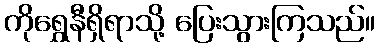
ကိုရွှေနီရှိရာသို့ ပြေးသွားကြသည်။